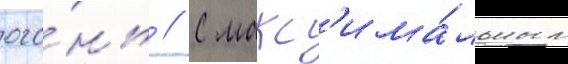
ого́нь // С макс'има́льным